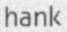
hank